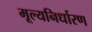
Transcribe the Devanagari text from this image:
मूल्यनिर्धारण